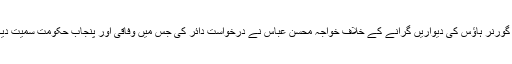
لاہور ہائیکورٹ میں گورنر ہاؤس کی دیواریں گرانے کے خلاف خواجہ محسن عباس نے درخواست دائر کی جس میں وفاقی اور پنجاب حکومت سمیت دیگر کو فریق بنایا گیا۔